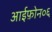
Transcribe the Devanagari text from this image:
आईफ़ोन०६